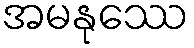
အမနုဿေ